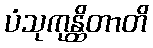
ပံသုကုန္ထိတာတိ